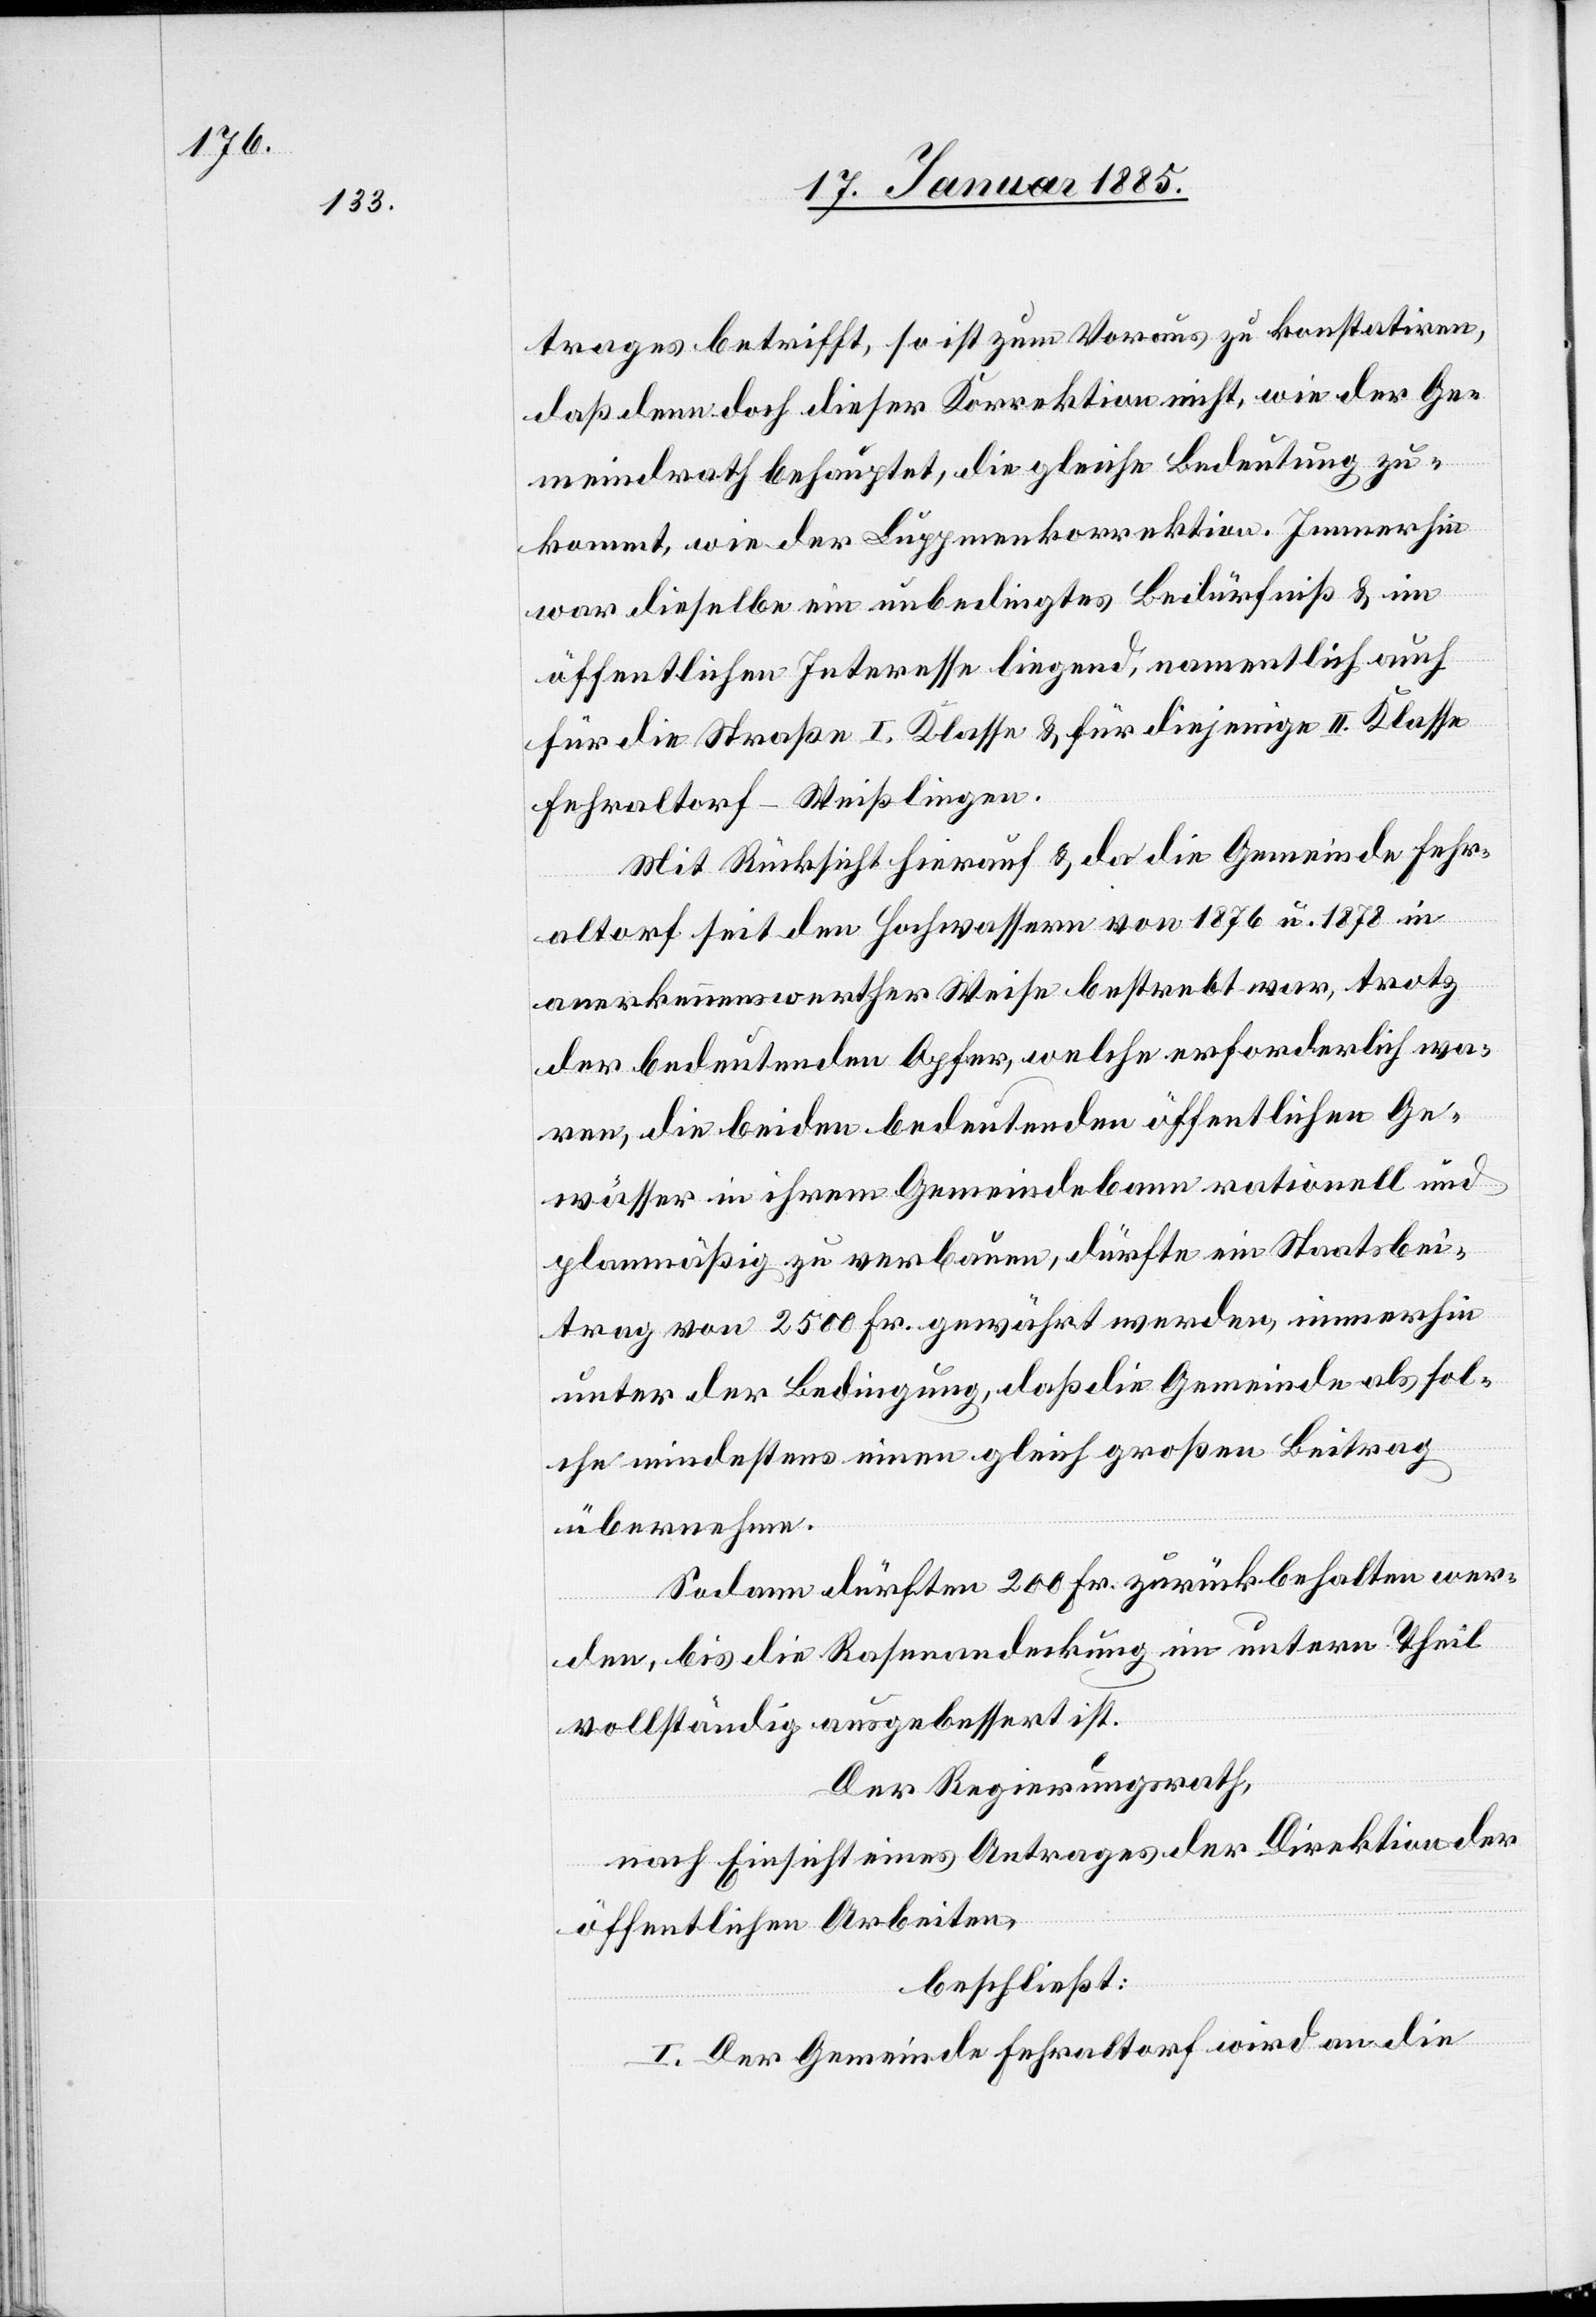
trages betrifft, so ist zum Voraus zu konstatiren,
daß denn doch dieser Korrektion nicht, wie der Ge¬
meindrath behauptet, die gleiche Bedeutung zu¬
kommt, wie der Luppmenkorrektion. Immerhin
war dieselbe ein unbedingtes Bedürfniß & im
öffentlichen Interesse liegend, namentlich auch
für die Straße I. Klasse & für diejenige II. Klasse
Fehraltorf–Weißlingen.
Mit Rücksicht hierauf & da die Gemeinde Fehr¬
altorf seit den Hochwassern von 1876 u. 1878 in
anerkennenswerther Weise bestrebt war, trotz
der bedeutenden Opfer, welche erforderlich wa¬
ren, die beiden bedeutenden öffentlichen Ge¬
wässer in ihrem Gemeindebann rationell und
planmäßig zu verbauen, dürfte ein Staatsbei¬
trag von 2500 Fr. gewährt werden, immerhin
unter der Bedingung, daß die Gemeinde als sol¬
che mindestens einen gleich großen Beitrag
übernehme.
Sodann dürften 200 Fr. zurückbehalten wer¬
den, bis die Rasenandeckung im untern Theil
vollständig ausgebessert ist.
Der Regierungsrath,
nach Einsicht eines Antrages der Direktion der
öffentlichen Arbeiten,
beschließt:
I. Der Gemeinde Fehraltorf wird an die